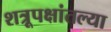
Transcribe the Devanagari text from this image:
शत्रूपक्षांतल्या